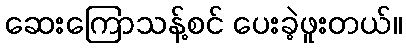
ဆေးကြောသန့်စင် ပေးခဲ့ဖူးတယ်။